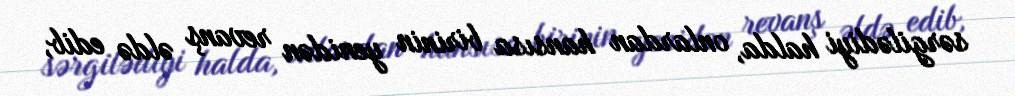
sərgilədiyi halda, onlardan hansısa birinin yenidən revanş əldə edib,